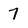
Character: 7